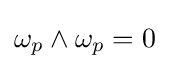
\omega _{p}\wedge \omega _{p}=0